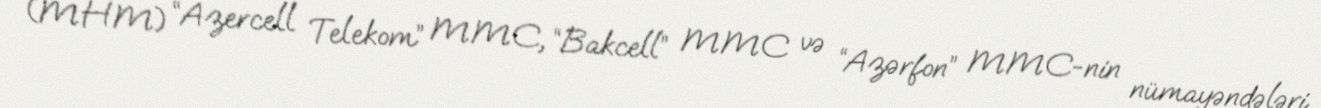
(MHM) “Azercell Telekom” MMC, “Bakcell” MMC və “Azərfon” MMC-nin nümayəndələri